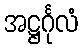
အဋ္ဌင်္ဂုလံ